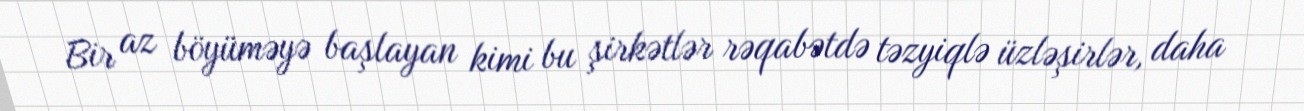
Bir az böyüməyə başlayan kimi bu şirkətlər rəqabətdə təzyiqlə üzləşirlər, daha